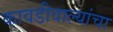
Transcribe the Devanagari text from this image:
कावडीवाल्यांचा